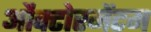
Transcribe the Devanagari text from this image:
औक्टोरमेंटम